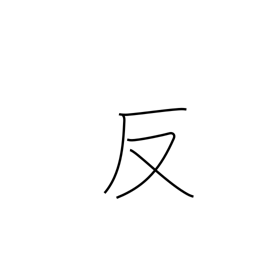
Meaning: anti-